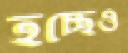
হচ্ছেও